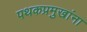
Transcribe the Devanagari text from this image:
पथकप्रमुखांना